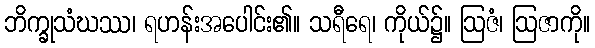
ဘိက္ခုသံဃဿ၊ ရဟန်းအပေါင်း၏။ သရီရေ၊ ကိုယ်၌။ ဩဇံ၊ ဩဇာကို။